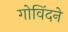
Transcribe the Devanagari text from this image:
गोविंदने